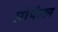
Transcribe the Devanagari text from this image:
प्रोफैल